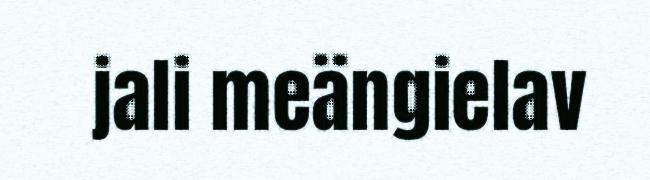
jali meängielav